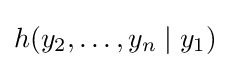
h(y_{2},\dots ,y_{n}\mid y_{1})